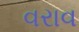
વરાવ